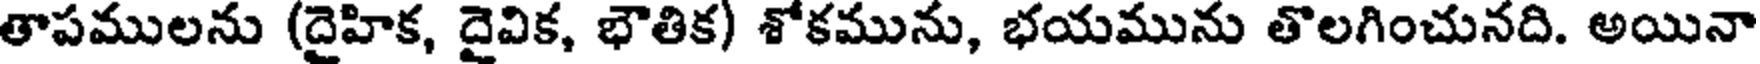
తాపములను (దైహిక, దైవిక, భౌతిక) శోకమును, భయమును తొలగించునది. అయినా